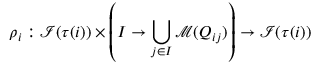
\rho _ { i } : \mathcal { I } ( \tau ( i ) ) \times \left( I \rightarrow \bigcup _ { j \in I } \mathcal { M } ( Q _ { i j } ) \right) \rightarrow \mathcal { I } ( \tau ( i ) )